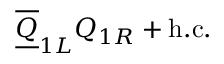
{ \overline { { { \underline { { { Q } } } } } } } _ { 1 L } { Q } _ { 1 R } + \mathrm { h . c . }